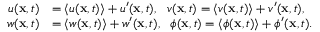
\begin{array} { r l } { u ( \mathbf { x } , t ) } & { = \langle u ( \mathbf { x } , t ) \rangle + u ^ { \prime } ( \mathbf { x } , t ) , \ \ v ( \mathbf { x } , t ) = \langle v ( \mathbf { x } , t ) \rangle + v ^ { \prime } ( \mathbf { x } , t ) , } \\ { w ( \mathbf { x } , t ) } & { = \langle w ( \mathbf { x } , t ) \rangle + w ^ { \prime } ( \mathbf { x } , t ) , \ \ \phi ( \mathbf { x } , t ) = \langle \phi ( \mathbf { x } , t ) \rangle + \phi ^ { \prime } ( \mathbf { x } , t ) . } \end{array}